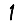
Digit: 1